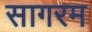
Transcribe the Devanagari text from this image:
सागरम